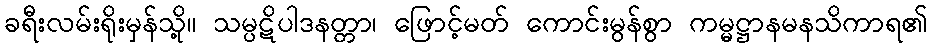
ခရီးလမ်းရိုးမှန်သို့။ သမ္ပဋိပါဒနတ္တာ၊ ဖြောင့်မတ် ကောင်းမွန်စွာ ကမ္မဋ္ဌာနမနသိကာရ၏